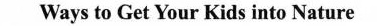
Ways to Get Your Kids into Nature